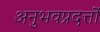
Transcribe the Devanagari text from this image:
अनुभवप्रदत्तों